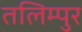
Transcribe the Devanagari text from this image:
तलिम्पुर